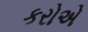
કરોએ